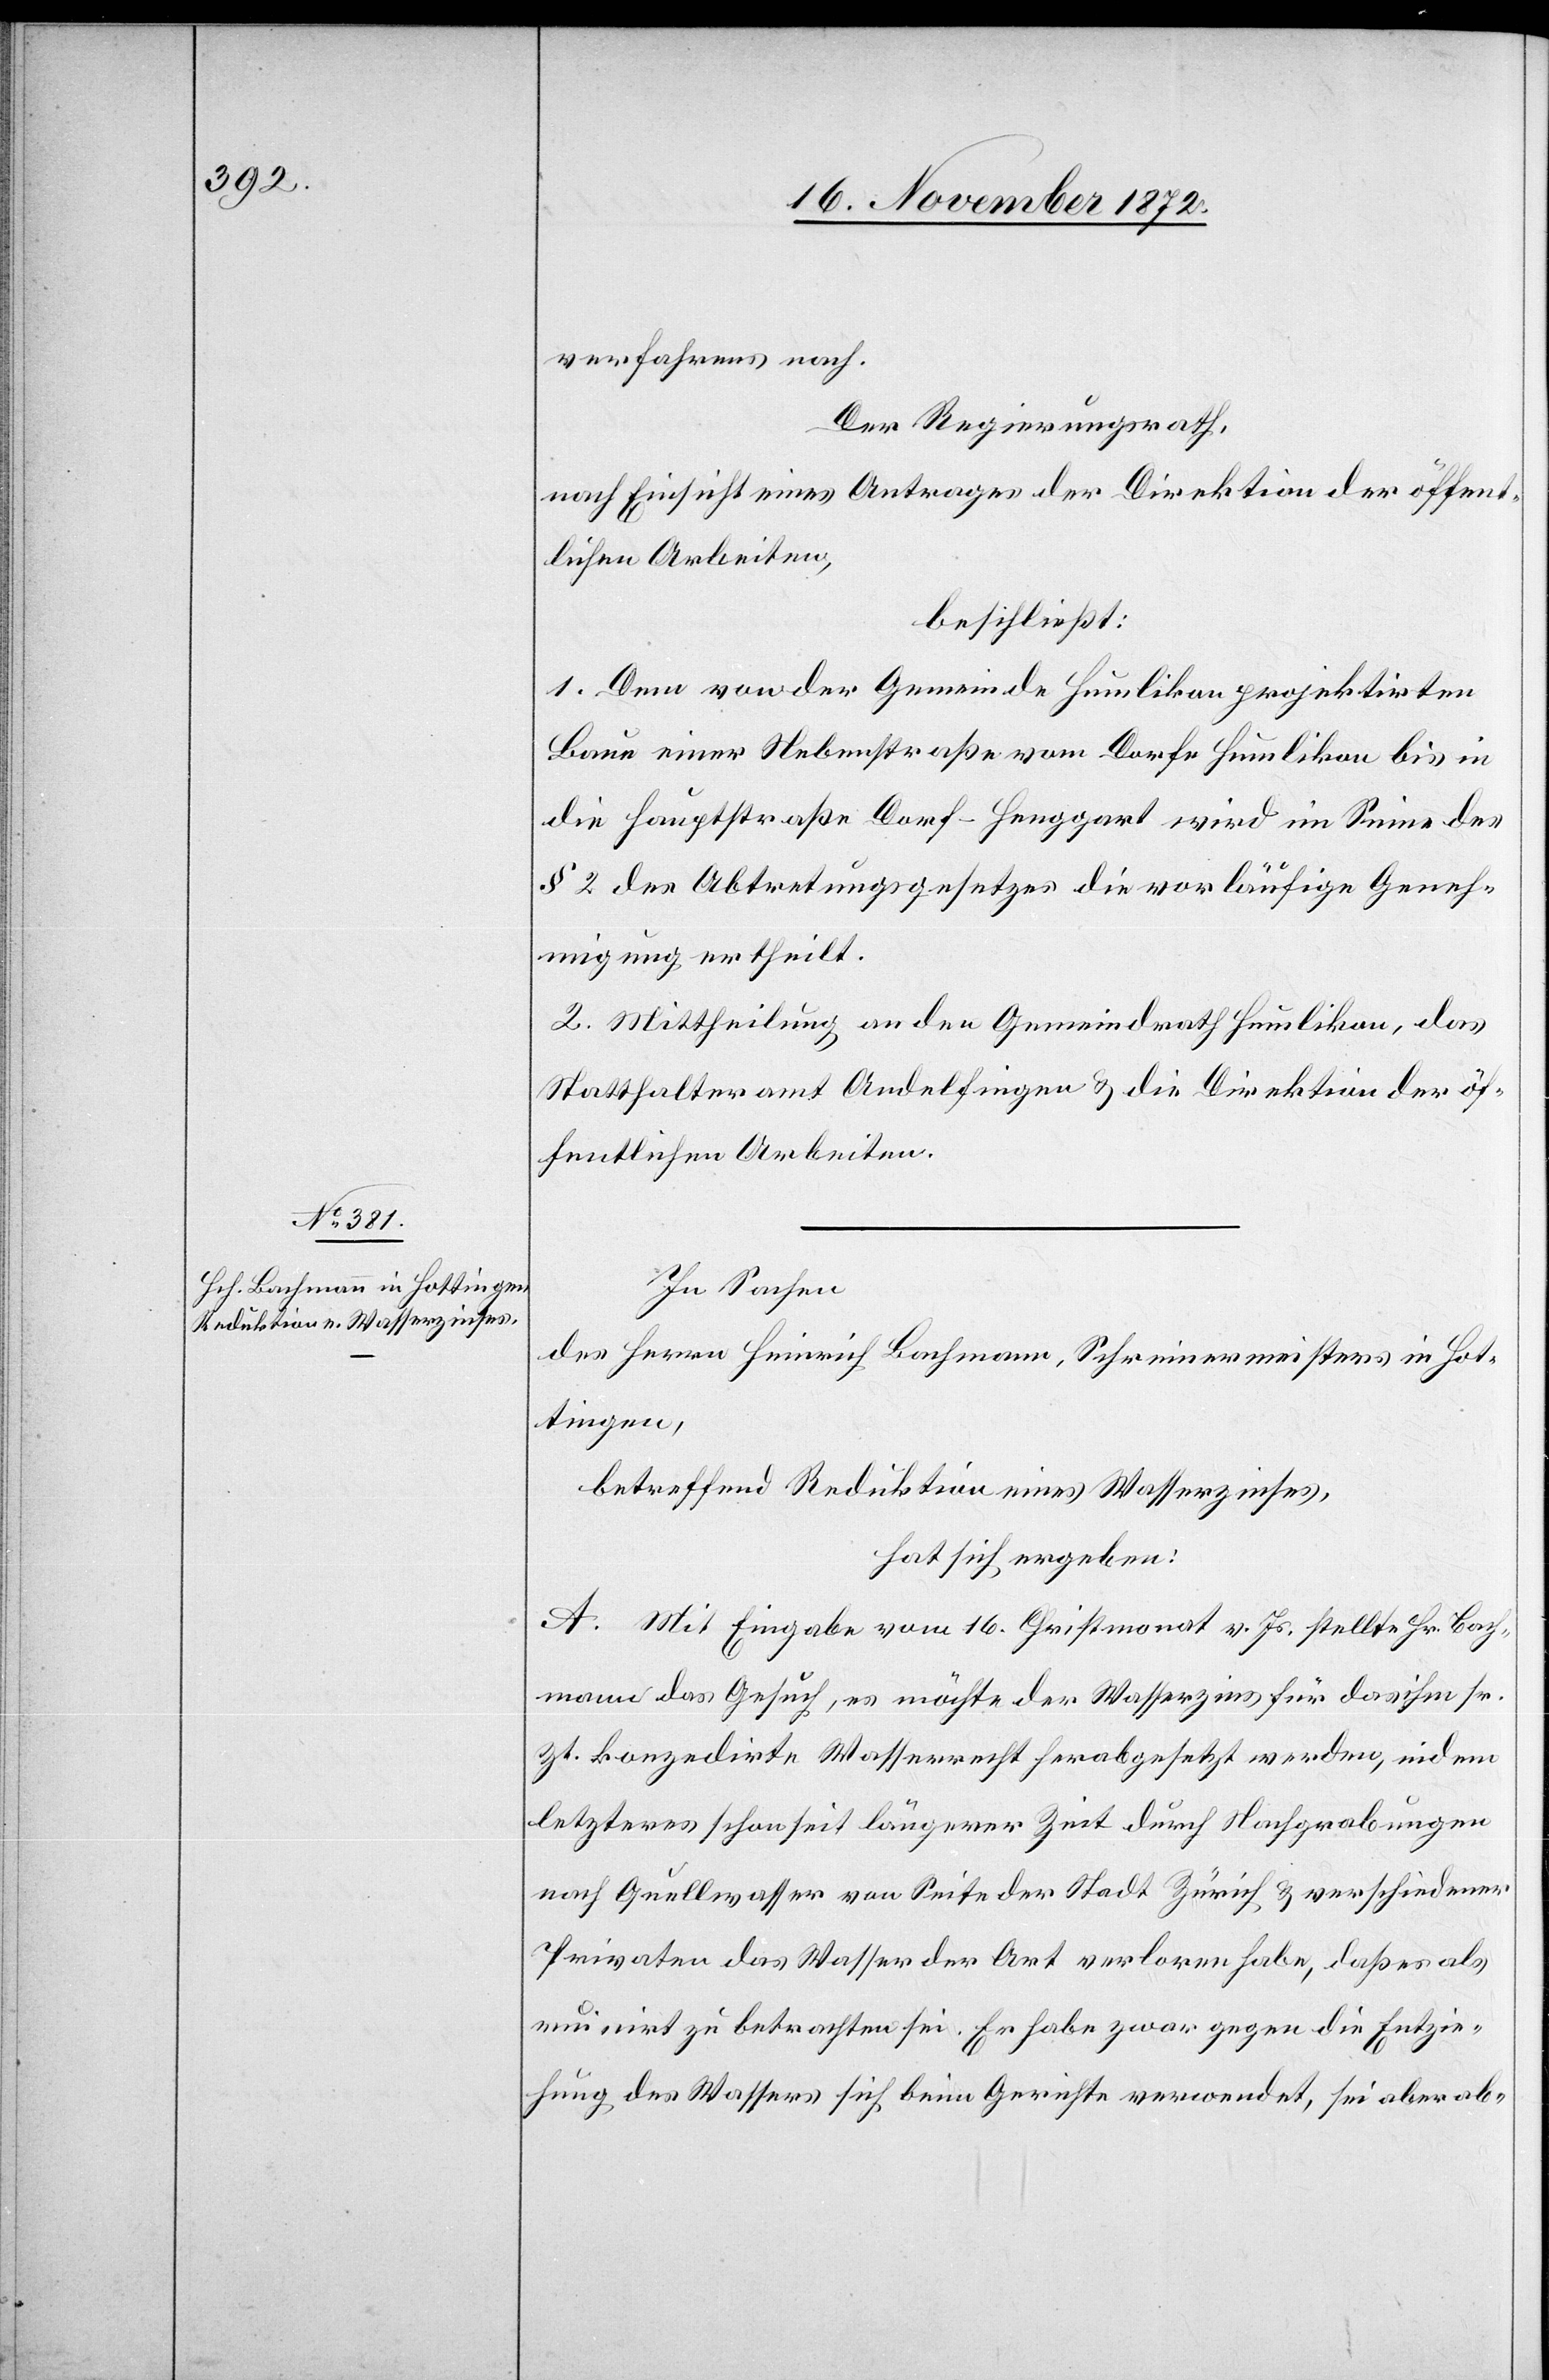
verfahrens nach.
Der Regierungsrath,
nach Einsicht eines Antrages der Direktion der öffent¬
lichen Arbeiten,
beschließt:
1. Dem von der Gemeinde Humlikon projektirten
Baue einer Nebenstraße vom Dorfe Humlikon bis in
die Hauptstraße Dorf–Henggart wird im Sinne des
§ 2 des Abtretungsgesetzes die vorläufige Geneh¬
migung ertheilt.
2. Mittheilung an den Gemeindrath Humlikon, das
Statthalteramt Andelfingen u. die Direktion der öf¬
fentlichen Arbeiten.
In Sachen
des Herrn Heinrich Bachmann, Schreinermeisters in Hot¬
tingen,
betreffend Reduktion eines Wasserzinses,
hat sich ergeben:
A. Mit Eingabe vom 16. Christmonat v. Js. stellte Hr. Bach¬
mann das Gesuch, es möchte der Wasserzins für das ihm sr.
Zt. konzedirte Wasserrecht herabgesetzt werden, indem
letzteres schon seit längerer Zeit durch Nachgrabungen
nach Quellwasser von Seite der Stadt Zürich u. verschiedener
Privaten das Wasser der Art verloren habe, daß es als
ruinirt zu betrachten sei. Er habe zwar gegen die Entzie¬
hung des Wassers sich beim Gerichte verwendet, sei aber ab-